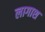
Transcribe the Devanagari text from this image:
लागाश